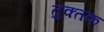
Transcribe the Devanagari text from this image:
तुक्तक